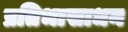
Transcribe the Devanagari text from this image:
प्रतिभासाधन